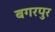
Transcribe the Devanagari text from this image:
बगरपुर